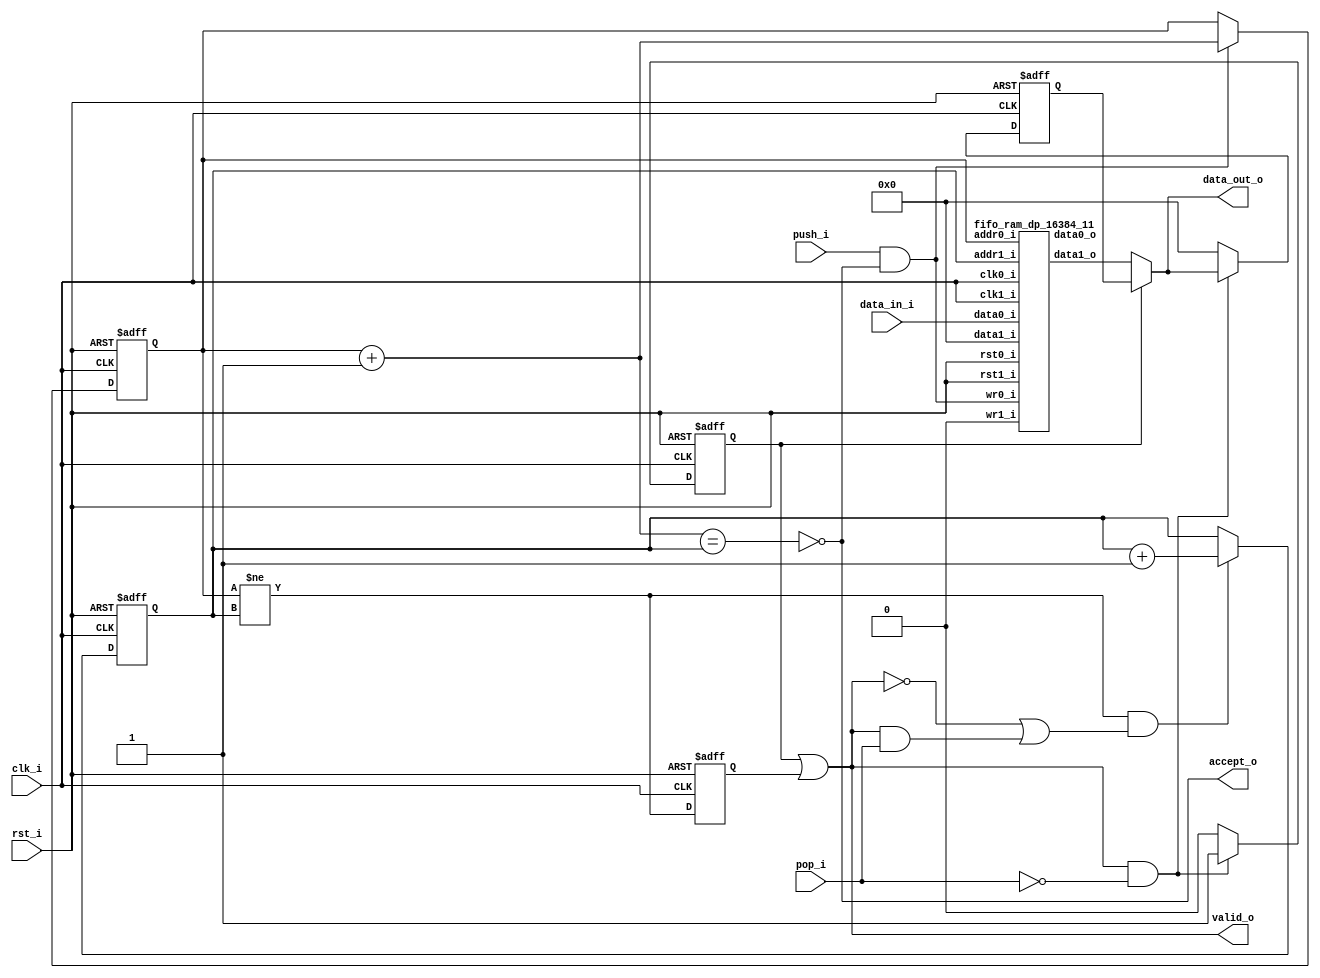
//-----------------------------------------------------------------
//                       USB Sniffer Core
//                            V0.5
//                     Ultra-Embedded.com
//                     Copyright 2016-2020
//
//
//                         License: LGPL
//-----------------------------------------------------------------
//
// This source file may be used and distributed without
// restriction provided that this copyright statement is not
// removed from the file and that any derivative work contains
// the original copyright notice and the associated disclaimer.
//
// This source file is free software; you can redistribute it
// and/or modify it under the terms of the GNU Lesser General
// Public License as published by the Free Software Foundation;
// either version 2.1 of the License, or (at your option) any
// later version.
//
// This source is distributed in the hope that it will be
// useful, but WITHOUT ANY WARRANTY; without even the implied
// warranty of MERCHANTABILITY or FITNESS FOR A PARTICULAR
// PURPOSE.  See the GNU Lesser General Public License for more
// details.
//
// You should have received a copy of the GNU Lesser General
// Public License along with this source; if not, write to the
// Free Software Foundation, Inc., 59 Temple Place, Suite 330,
// Boston, MA  02111-1307  USA
//-----------------------------------------------------------------
module usb_sniffer_fifo_ram
(
    // Inputs
     input           clk_i
    ,input           rst_i
    ,input  [ 31:0]  data_in_i
    ,input           push_i
    ,input           pop_i

    // Outputs
    ,output [ 31:0]  data_out_o
    ,output          accept_o
    ,output          valid_o
);



//-----------------------------------------------------------------
// Registers
//-----------------------------------------------------------------
reg [10:0]   rd_ptr_q;
reg [10:0]   wr_ptr_q;

//-----------------------------------------------------------------
// Write Side
//-----------------------------------------------------------------
wire [10:0] write_next_w = wr_ptr_q + 11'd1;

wire full_w = (write_next_w == rd_ptr_q);

always @ (posedge clk_i or posedge rst_i)
if (rst_i)
    wr_ptr_q <= 11'b0;
// Push
else if (push_i & !full_w)
    wr_ptr_q <= write_next_w;

//-----------------------------------------------------------------
// Read Side
//-----------------------------------------------------------------
wire read_ok_w = (wr_ptr_q != rd_ptr_q);
reg  rd_q;

always @ (posedge clk_i or posedge rst_i)
if (rst_i)
    rd_q <= 1'b0;
else
    rd_q <= read_ok_w;

always @ (posedge clk_i or posedge rst_i)
if (rst_i)
    rd_ptr_q     <= 11'b0;
// Read address increment
else if (read_ok_w && ((!valid_o) || (valid_o && pop_i)))
    rd_ptr_q <= rd_ptr_q + 11'd1;

//-------------------------------------------------------------------
// Read Skid Buffer
//-------------------------------------------------------------------
reg                rd_skid_q;
reg [31:0] rd_skid_data_q;

always @ (posedge clk_i or posedge rst_i)
if (rst_i)
begin
    rd_skid_q <= 1'b0;
    rd_skid_data_q <= 32'b0;
end
else if (valid_o && !pop_i)
begin
    rd_skid_q      <= 1'b1;
    rd_skid_data_q <= data_out_o;
end
else
begin
    rd_skid_q      <= 1'b0;
    rd_skid_data_q <= 32'b0;
end

//-------------------------------------------------------------------
// Combinatorial
//-------------------------------------------------------------------
assign valid_o       = rd_skid_q | rd_q;
assign accept_o      = !full_w;

//-------------------------------------------------------------------
// Dual port RAM
//-------------------------------------------------------------------
wire [31:0] data_out_w;

fifo_ram_dp_16384_11
u_ram
(
    // Inputs
    .clk0_i(clk_i),
    .rst0_i(rst_i),
    .clk1_i(clk_i),
    .rst1_i(rst_i),

    // Write side
    .addr0_i(wr_ptr_q),
    .wr0_i(push_i & accept_o),
    .data0_i(data_in_i),
    .data0_o(),

    // Read side
    .addr1_i(rd_ptr_q),
    .data1_i(32'b0),
    .wr1_i(1'b0),
    .data1_o(data_out_w)
);

assign data_out_o = rd_skid_q ? rd_skid_data_q : data_out_w;

endmodule

//-------------------------------------------------------------------
// Dual port RAM
//-------------------------------------------------------------------
module fifo_ram_dp_16384_11
(
    // Inputs
     input           clk0_i
    ,input           rst0_i
    ,input  [ 10:0]  addr0_i
    ,input  [ 31:0]  data0_i
    ,input           wr0_i
    ,input           clk1_i
    ,input           rst1_i
    ,input  [ 10:0]  addr1_i
    ,input  [ 31:0]  data1_i
    ,input           wr1_i

    // Outputs
    ,output [ 31:0]  data0_o
    ,output [ 31:0]  data1_o
);

/* verilator lint_off MULTIDRIVEN */
reg [31:0]   ram [2047:0] /*verilator public*/;
/* verilator lint_on MULTIDRIVEN */

reg [31:0] ram_read0_q;
reg [31:0] ram_read1_q;

// Synchronous write
always @ (posedge clk0_i)
begin
    if (wr0_i)
        ram[addr0_i] <= data0_i;

    ram_read0_q <= ram[addr0_i];
end

always @ (posedge clk1_i)
begin
    if (wr1_i)
        ram[addr1_i] <= data1_i;

    ram_read1_q <= ram[addr1_i];
end

assign data0_o = ram_read0_q;
assign data1_o = ram_read1_q;



endmodule